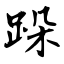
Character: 跺